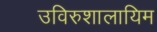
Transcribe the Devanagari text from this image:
उविरुशालायिम